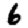
Digit: 6